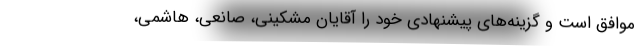
موافق است و گزینه‌های پیشنهادی خود را آقایان مشکینی، صانعی، هاشمی،